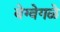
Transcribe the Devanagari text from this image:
वेग्वेगळे